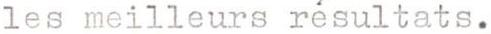
les meilleurs résultats.